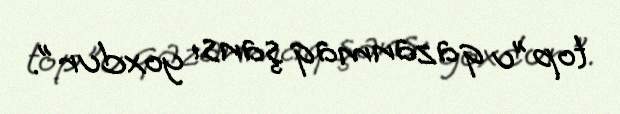
top"u qazanmaq şansı yoxdur".